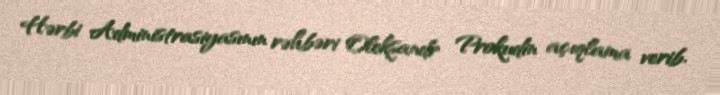
Hərbi Administrasiyasının rəhbəri Oleksandr Prokudin açıqlama verib.